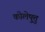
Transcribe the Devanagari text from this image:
कोलेष़ुत्तु